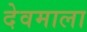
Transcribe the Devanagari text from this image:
देवमाला